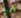
الى